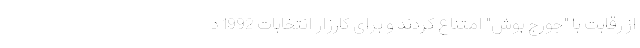
از رقابت با "جورج بوش" امتناع کردند و برای کارزار انتخابات 1992 د